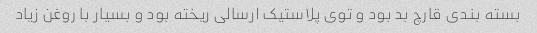
بسته بندی قارچ بد بود و توی پلاستیک ارسالی ریخته بود و بسیار با روغن زیاد